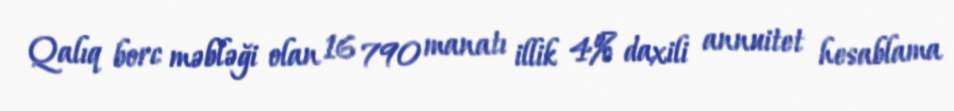
Qalıq borc məbləği olan 16 790 manatı illik 4% daxili annuitet hesablama